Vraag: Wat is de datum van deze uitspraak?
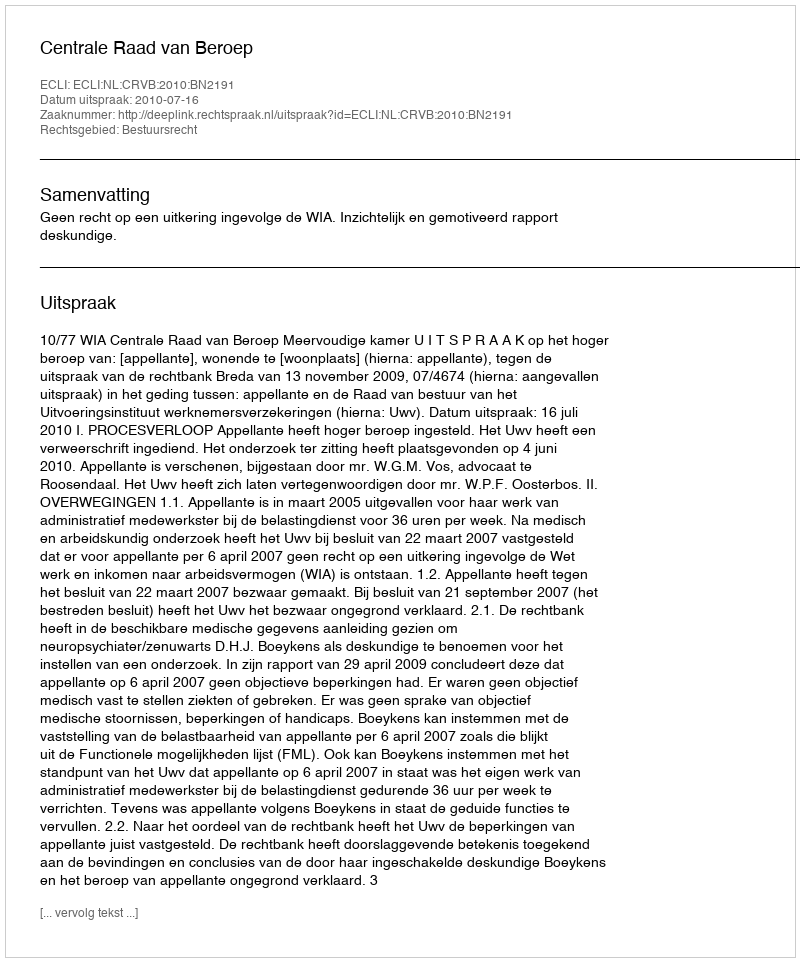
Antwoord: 2010-07-16